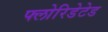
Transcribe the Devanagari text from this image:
फ्लोरिडेटेड